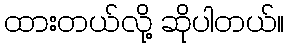
ထားတယ်လို့ ဆိုပါတယ်။